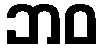
ဘဝ